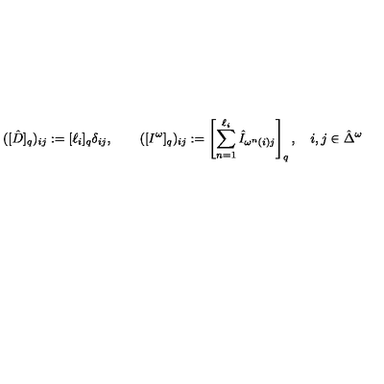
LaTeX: ( [ \hat { D } ] _ { q } ) _ { i j } : = [ \ell _ { i } ] _ { q } \delta _ { i j } , \quad \quad ( [ I ^ { \omega } ] _ { q } ) _ { i j } : = \left[ \sum _ { n = 1 } ^ { \ell _ { i } } \hat { I } _ { \omega ^ { n } ( i ) j } \right] _ { q } , \quad i , j \in \hat { \Delta } ^ { \omega }